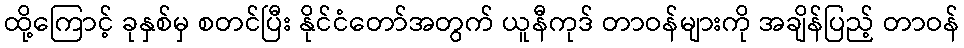
ထို့ကြောင့် ခုနှစ်မှ စတင်ပြီး နိုင်ငံတော်အတွက် ယူနီကုဒ် တာဝန်များကို အချိန်ပြည့် တာဝန်